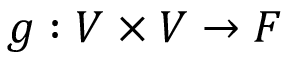
g : V \times V \rightarrow F